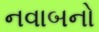
નવાબનો